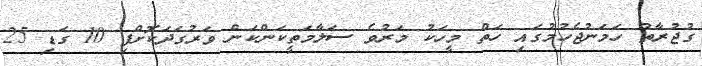
ގުޖުރާތު ހަމަނުޖެހުމުގައި ހަތް މީހަކު މަރުވެ ސަލާމަތީކަންކަން ވަރުގަދަކޮށްފި 10 ގަޑި 25